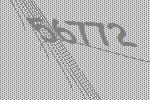
56772